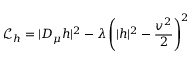
{ \mathcal { L } } _ { h } = | D _ { \mu } h | ^ { 2 } - \lambda \left( | h | ^ { 2 } - { \frac { v ^ { 2 } } { 2 } } \right) ^ { 2 }